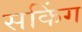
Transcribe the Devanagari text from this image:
सकिंग